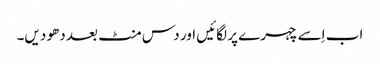
اب اِسے چہرے پر لگائیں اور دس منٹ بعد دھو دیں۔